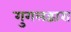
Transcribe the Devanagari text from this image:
गुगलद्वारा